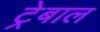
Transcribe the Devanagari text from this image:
ट्रेबाल